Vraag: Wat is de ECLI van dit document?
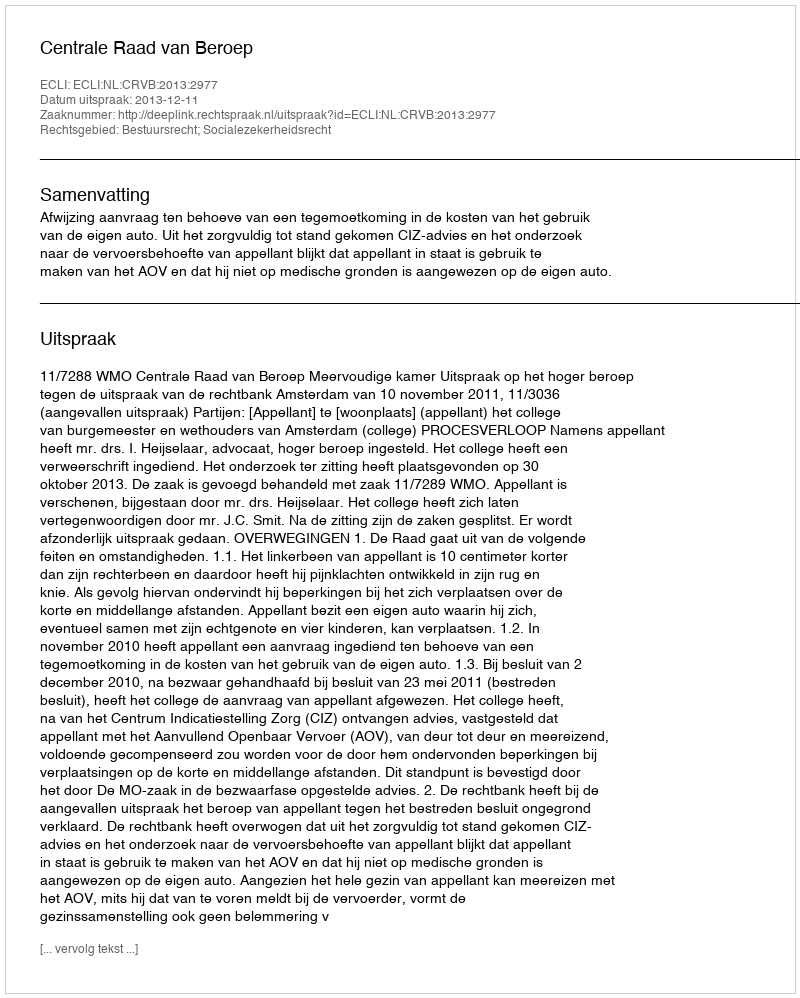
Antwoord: ECLI:NL:CRVB:2013:2977